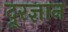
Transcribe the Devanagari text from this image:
दूरज्ञान